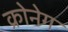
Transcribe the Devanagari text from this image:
क्रोनेग